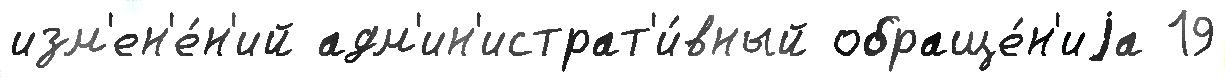
изм'ен'е́н'ий адм'ин'истрат'и́вный обраще́н'иjа 19